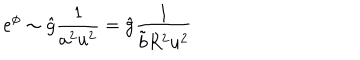
e ^ { \phi } \sim \hat { g } \frac { 1 } { a ^ { 2 } u ^ { 2 } } = \hat { g } \frac { 1 } { \tilde { b } R ^ { 2 } u ^ { 2 } }